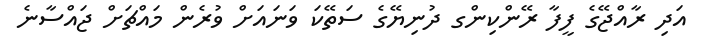
އަދި ރާއްޖޭގެ ފީފާ ރޭންކިންގ ދުނިޔޭގެ ސަތޭކަ ވަނައަށް ވުރެން މައްޗަށް ޖައްސާނެ